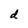
Character: d